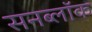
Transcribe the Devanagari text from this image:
सनब्लॉक